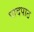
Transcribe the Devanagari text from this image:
पादपाठ